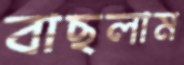
বাছলাম